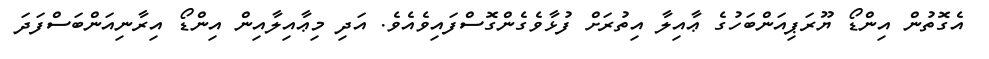
އެގޮތުން އިންޑޯ ޔޫރަޕިއަންބަހުގެ ޢާއިލާ އިތުރަށް ފުޅާވެގެންގޮސްފައިވެއެވެ. އަދި މިޢާއިލާއިން އިންޑޯ އިރާނިއަންބަސްފަދަ